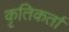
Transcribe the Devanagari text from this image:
कृतिकर्ता